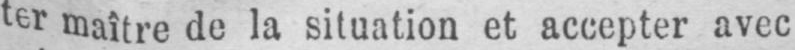
ter maître de la situation et accepter avec